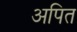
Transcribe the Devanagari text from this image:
अपित